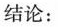
结论：